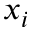
x _ { i }